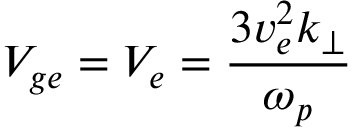
V _ { g e } = V _ { e } = \frac { 3 v _ { e } ^ { 2 } k _ { \perp } } { \omega _ { p } }